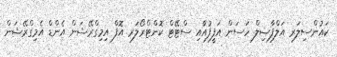
ކައުންސިލަރ އަލްފާޟިލް ހަސަން އަފީފުއާއި ސްޓޭޓް ކޮންޓްރޯލަރ އޮފް އިމިގްރޭޝަން އެންޑް އެމިގްރޭޝަން